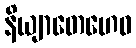
နိယျာတေဟေဝ